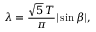
\lambda = \frac { \sqrt { 5 } \, T } { \pi } | \sin \beta | ,